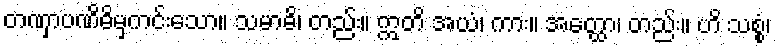
တဏှာပဏိဓိမှကင်းသော။ သမာဓိ၊ တည်း။ ဣတိ အယံ၊ ကား။ အတ္ထော၊ တည်း။ ဟိ သစ္စံ၊